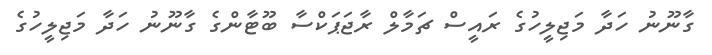
ގާނޫނު ހަދާ މަޖިލީހުގެ ރައީސް ޗަމާލް ރާޖަޕަކްސާ ބޫޓާންގެ ގާނޫނު ހަދާ މަޖިލީހުގެ